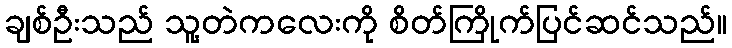
ချစ်ဦးသည် သူ့တဲကလေးကို စိတ်ကြိုက်ပြင်ဆင်သည်။